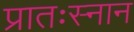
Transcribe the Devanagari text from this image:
प्रातःस्नान